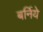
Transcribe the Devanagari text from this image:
बर्निये